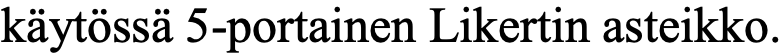
käytössä 5-portainen Likertin asteikko.